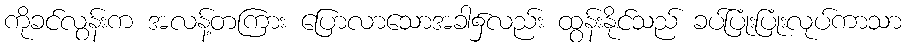
ကိုခင်လွန်းက အလန့်တကြား ပြောလာသောအခါ၌လည်း ထွန်းနိုင်သည် ခပ်ပြုံးပြုံးလုပ်ကာသာ